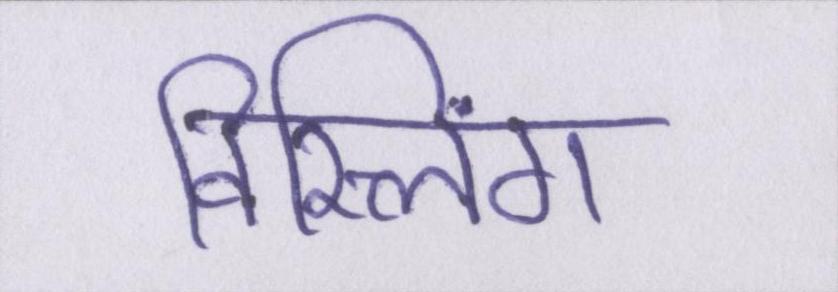
विस्लिंग